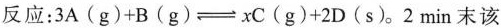
反应：3A(g)+B(g) \rightleftharpoons xC(g)+2D(s)。2min末